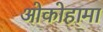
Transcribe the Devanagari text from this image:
ओकोहामा